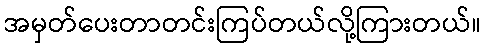
အမှတ်ပေးတာတင်းကြပ်တယ်လို့ကြားတယ်။